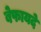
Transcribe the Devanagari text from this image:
बेफायदे